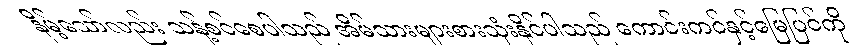
နိမ့်သော်လည်း သန့်စင်စေပါသည် အိမ်သားများစားသုံးနိုင်ပါသည် ကောင်းကင်နှင့်မြေပြင်ကို